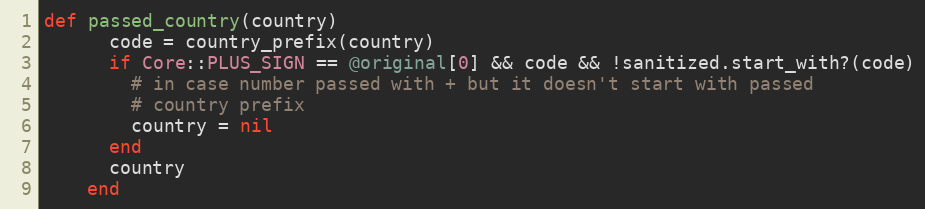
Language: Ruby
def passed_country(country)
      code = country_prefix(country)
      if Core::PLUS_SIGN == @original[0] && code && !sanitized.start_with?(code)
        # in case number passed with + but it doesn't start with passed
        # country prefix
        country = nil
      end
      country
    end